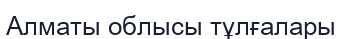
Алматы облысы тұлғалары